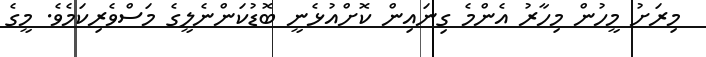
މިރަށު މީހުން މިހާރު އެންމެ ގިނައިން ކޮށްއުޅެނީ ބޮޑުކަންނެލީގެ މަސްވެރިކަމެވެ. މީގެ